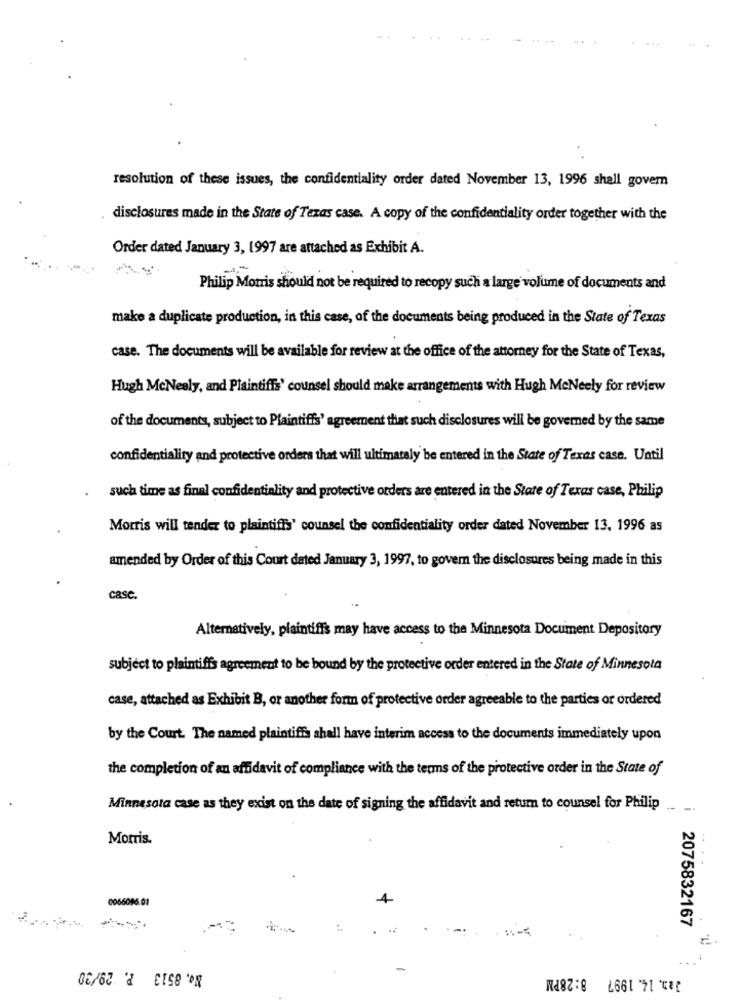
resolution of these issues, the confidentiality order dated November 13, 1996 shall govern
disclosures made in the State of Texas case. A copy of the confidentiality order together with the
Order dated January 3, 1997 are attached as Exhibit A.
--
Philip Morris should not be required to recopy such a large volume of documents and
make a duplicate production, in this case, of the documents being produced in the State of Texas
case. The documents will be available for review at the office of the attorney for the State of Texas,
Hugh McNeely, and Plaintiffs' counsel should make arrangements with Hugh MeNeely for review
of the documents, subject to Plaintiffs' agreement that such disclosures will be governed by the same
confidentiality and protective orders that will ultimately be entered in the State of Texas case. Until
such time as final confidentiality and protective orders are entered in the State of Texas case, Philip
Morris will tender to plaintiffs' counsel the confidentiality order dated November 13, 1996 as
amended by Order of this Court dated January 3, 1997, to govern the disclosures being made in this
casc.
Alternatively, plaintiffs may have access to the Minnesota Document Depository
subject to plaintiffs agreement to be bound by the protective order entered in the State of Minnesota
case, attached as Exhibit B, or another form of protective order agreeable to the parties or ordered
by the Court. The named plaintiffs shall have interim access to the documents immediately upon
the completion of an affidavit of compliance with the terms of the protective order in the State of
Minnesota case as they exist on the date of signing the affidavit and return to counsel for Philip
- -
Morris
0066085.02
2075832167
11.
No. 8513 P. 29/30
Jan. 14. 1997 8:28PM